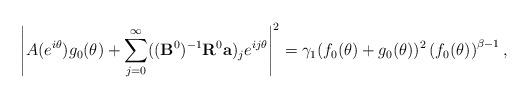
LaTeX: \begin{align*} {\left|A(e^{i\theta})g_0(\theta)+\sum\limits_{j=0}^{\infty}((\bold{B}^0)^{-1}\bold{R}^0\bold{a})_je^{ij\theta}\right|^2}=\gamma_1{(f_0(\theta)+g_0(\theta))^2} \left(f_0(\theta)\right)^{\beta - 1},\end{align*}